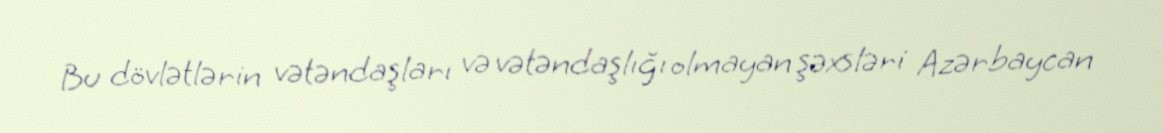
Bu dövlətlərin vətəndaşları və vətəndaşlığı olmayan şəxsləri Azərbaycan